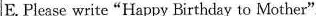
E. Please write"Happy Birthday to Mother".